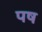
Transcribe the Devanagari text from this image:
पष